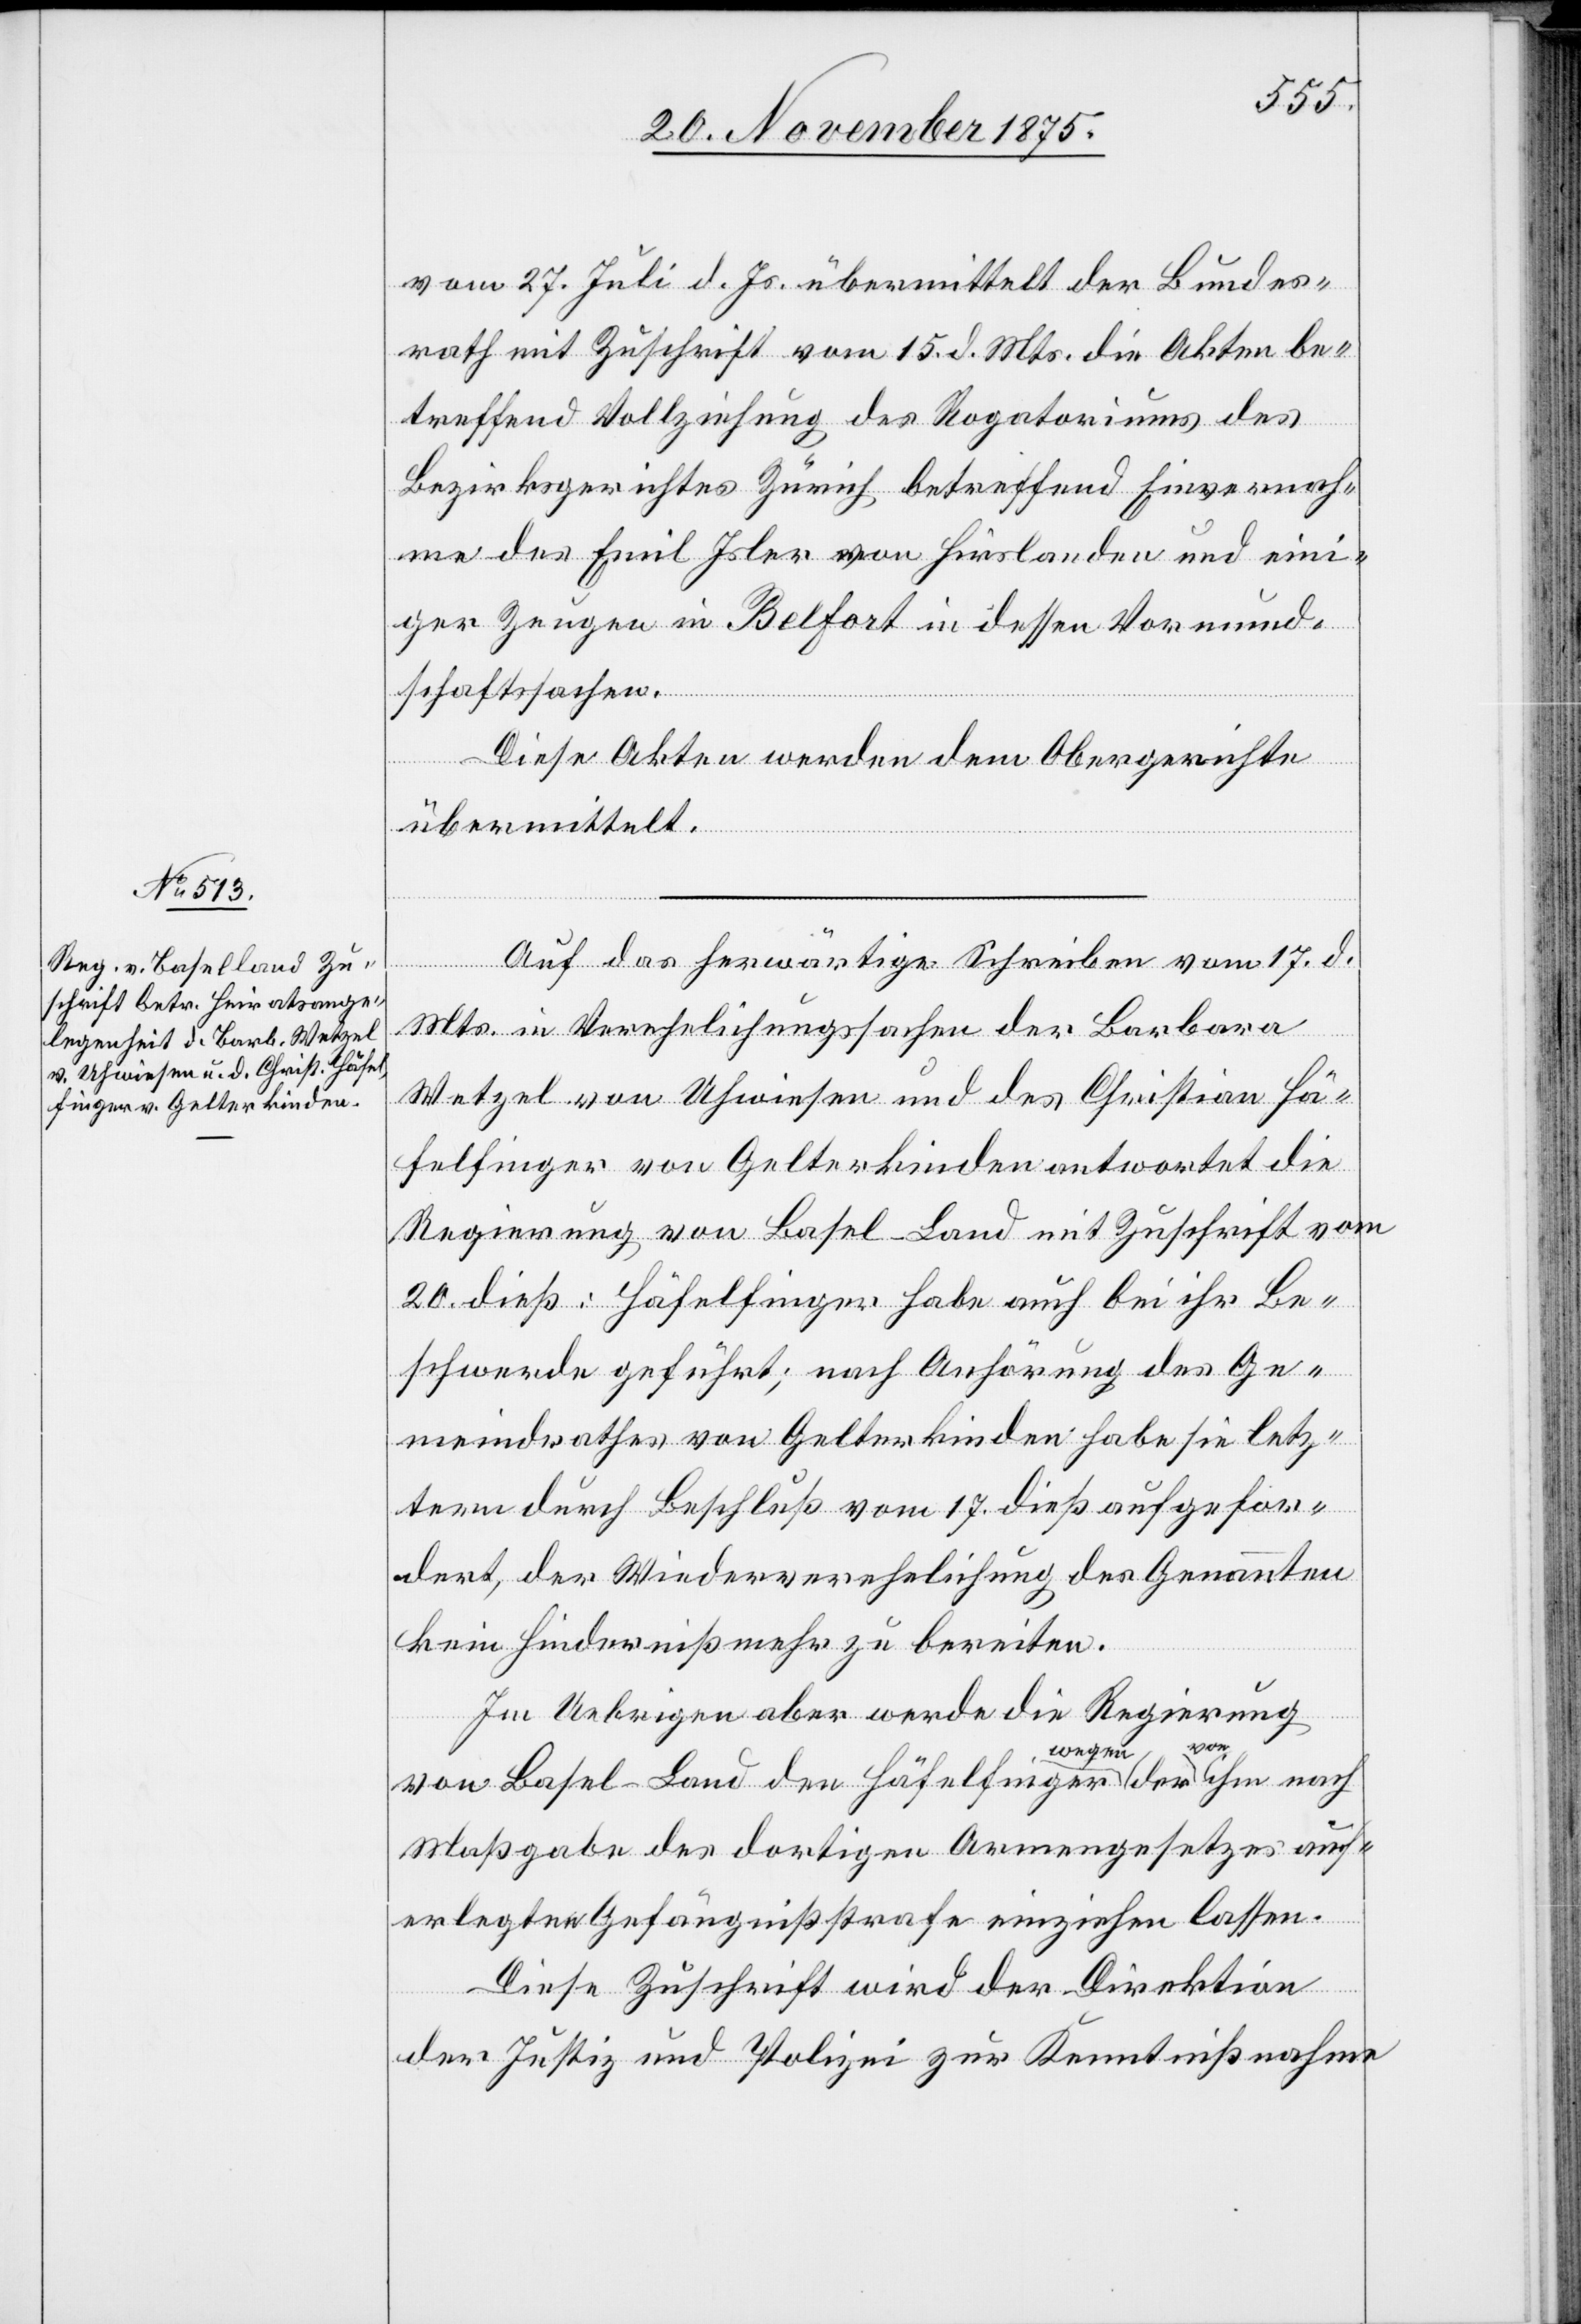
23. November 1875.]
vom 27. Juli d. Js. übermittelt der Bundes¬
rath mit Zuschrift vom 15. d. Mts. die Akten be¬
treffend Vollziehung des Rogatoriums des
Bezirksgerichtes Zürich betreffend Einvernah¬
me des Emil Isler von Hirslanden und eini¬
ger Zeugen in Belfort in dessen Vormund¬
schaftssachen.
Diese Akten werden dem Obergerichte
übermittelt.
Auf das herwärtige Schreiben vom 17. d.
Mts. in Verehelichungssachen der Barbara
Wetzel von Uhwiesen und des Christian Hä¬
felfinger von Gelterkinden antwortet die
Regierung von Basel-Land mit Zuschrift vom
20. dieß: Häfelfinger habe auch bei ihr Be¬
schwerde geführt; nach Anhörung des Ge¬
meindrathes von Gelterkinden habe sie letz¬
tern durch Beschluß vom 17. dieß aufgefor¬
dert, der Wiederverehelichung des Genannten
kein Hinderniß mehr zu bereiten.
Im Uebrigen aber werde die Regierung
von Basel-Land den Häfelfinger wegen der von ihm nach
Maßgabe des dortigen Armengesetzes auf¬
erlegten Gefängnißstrafe einziehen lassen.
Diese Zuschrift wird der Direktion
der Justiz und Polizei zur Kenntnißnahme